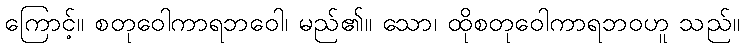
ကြောင့်။ စတုဝေါကာရဘဝေါ၊ မည်၏။ သော၊ ထိုစတုဝေါကာရဘဝဟူ သည်။